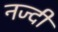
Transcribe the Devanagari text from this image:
नज्दी